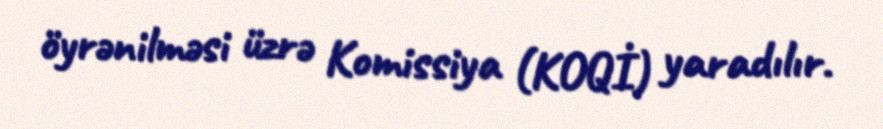
öyrənilməsi üzrə Komissiya (KOQİ) yaradılır.